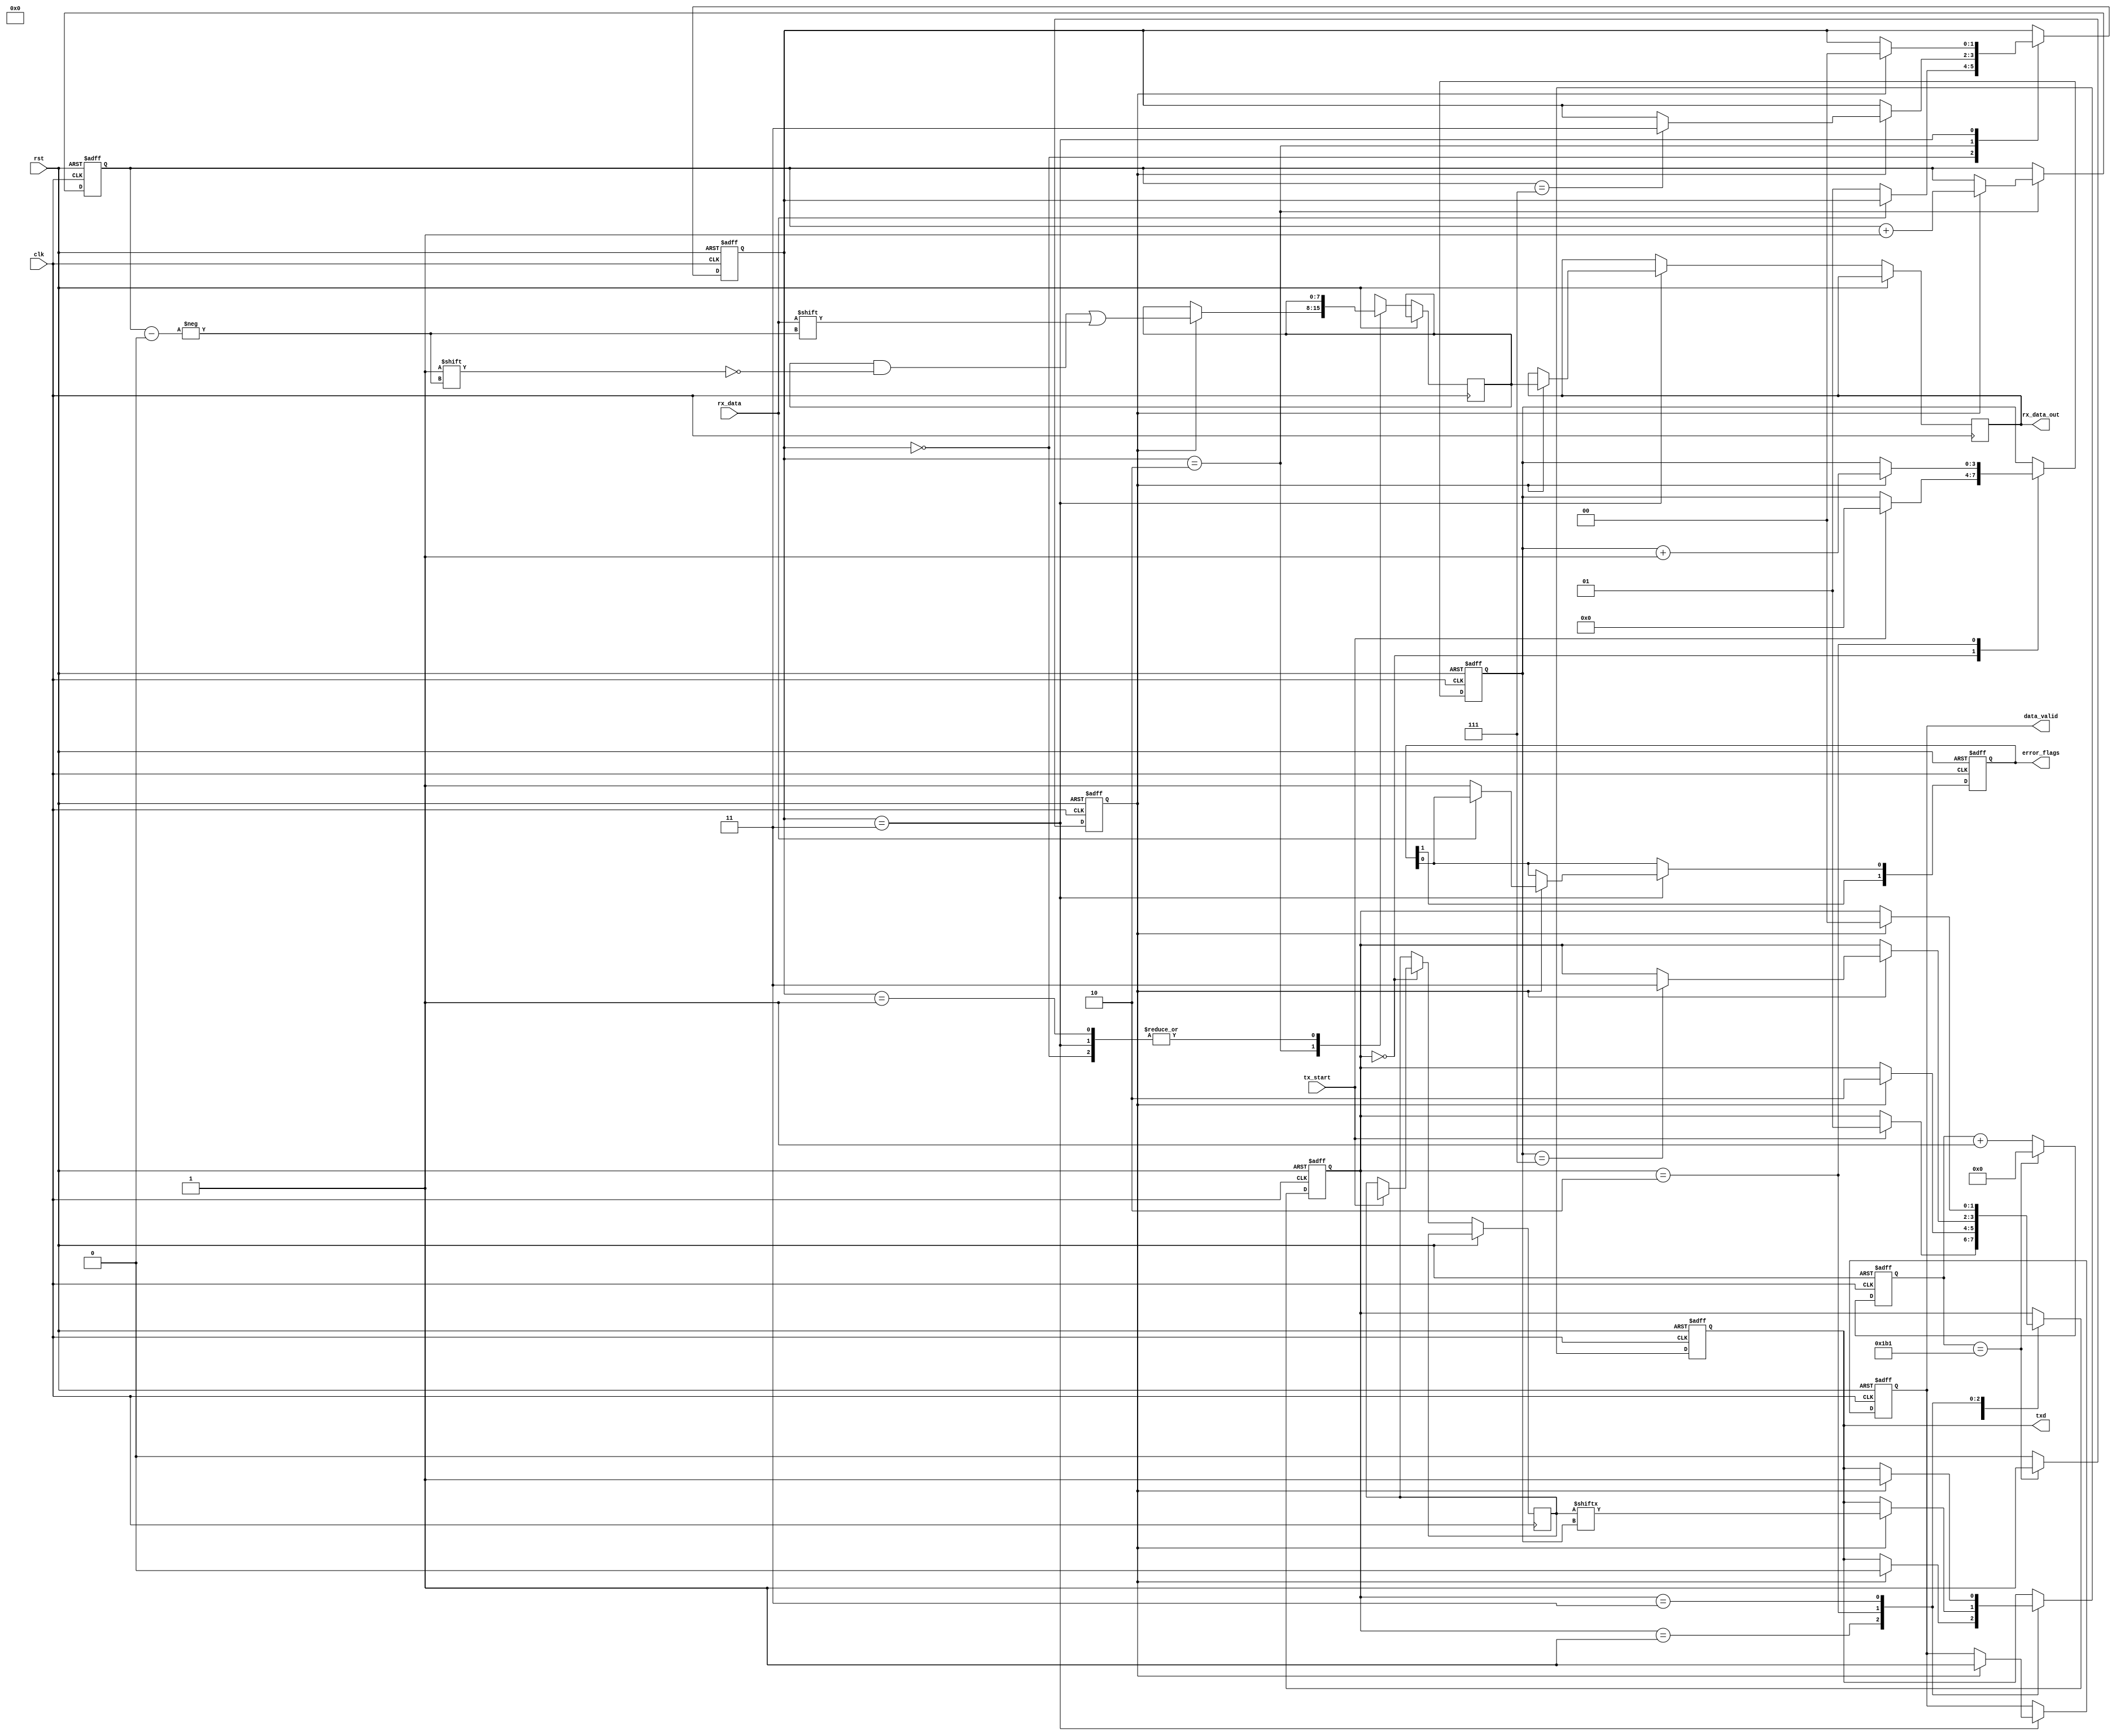
module parameterized_uart #(
    parameter BAUD_RATE = 115200,
    parameter DATA_WIDTH = 8,
    parameter STOP_BITS = 1,
    parameter PARITY = "NONE", // Options: "NONE", "EVEN", "ODD"
    parameter CLOCK_FREQ = 50000000 // 50 MHz
)(
    input wire clk,
    input wire rst,
    input wire tx_start,
    input wire rx_data,
    output reg txd,
    output reg [DATA_WIDTH-1:0] rx_data_out,
    output reg data_valid,
    output reg [1:0] error_flags // 0: no error, 1: framing error, 2: parity error
);

    // Baud rate generator parameters
    localparam BAUD_DIV = CLOCK_FREQ / BAUD_RATE;
    reg [15:0] baud_counter;
    reg baud_tick;

    // State definitions for TX
    localparam TX_IDLE = 2'b00;
    localparam TX_START = 2'b01;
    localparam TX_DATA = 2'b10;
    localparam TX_STOP = 2'b11;
    
    reg [1:0] tx_state;
    reg [DATA_WIDTH-1:0] tx_shift_reg;
    reg [3:0] tx_bit_index;

    // State definitions for RX
    localparam RX_IDLE = 2'b00;
    localparam RX_START = 2'b01;
    localparam RX_DATA = 2'b10;
    localparam RX_STOP = 2'b11;

    reg [1:0] rx_state;
    reg [DATA_WIDTH-1:0] rx_shift_reg;
    reg [3:0] rx_bit_index;
    reg rx_sampled;
    reg [3:0] rx_counter;
    
    // Baud rate generator
    always @(posedge clk or posedge rst) begin
        if (rst) begin
            baud_counter <= 0;
            baud_tick <= 0;
        end else begin
            if (baud_counter == BAUD_DIV - 1) begin
                baud_counter <= 0;
                baud_tick <= 1;
            end else begin
                baud_counter <= baud_counter + 1;
                baud_tick <= 0;
            end
        end
    end

    // Transmitter state machine
    always @(posedge clk or posedge rst) begin
        if (rst) begin
            tx_state <= TX_IDLE;
            txd <= 1'b1; // Idle state is high
            tx_bit_index <= 0;
        end else begin
            case (tx_state)
                TX_IDLE: begin
                    if (tx_start) begin
                        tx_state <= TX_START;
                        tx_shift_reg <= tx_data; // Assume tx_data is available
                        tx_bit_index <= 0;
                    end
                end
                TX_START: begin
                    if (baud_tick) begin
                        txd <= 1'b0; // Start bit
                        tx_state <= TX_DATA;
                    end
                end
                TX_DATA: begin
                    if (baud_tick) begin
                        txd <= tx_shift_reg[tx_bit_index]; // Send data bit
                        tx_bit_index <= tx_bit_index + 1;
                        if (tx_bit_index == DATA_WIDTH - 1) begin
                            tx_state <= TX_STOP;
                        end
                    end
                end
                TX_STOP: begin
                    if (baud_tick) begin
                        txd <= 1'b1; // Stop bit
                        tx_state <= TX_IDLE;
                    end
                end
            endcase
        end
    end

    // Receiver state machine
    always @(posedge clk or posedge rst) begin
        if (rst) begin
            rx_state <= RX_IDLE;
            data_valid <= 0;
            error_flags <= 0;
            rx_bit_index <= 0;
        end else begin
            case (rx_state)
                RX_IDLE: begin
                    if (rx_data == 1'b0) begin // Detect start bit
                        rx_state <= RX_START;
                        rx_counter <= 0;
                    end
                end
                RX_START: begin
                    if (baud_tick) begin
                        if (rx_counter == (BAUD_DIV / 2) - 1) begin // Sample in the middle of start bit
                            rx_state <= RX_DATA;
                            rx_bit_index <= 0;
                            rx_counter <= 0;
                        end else begin
                            rx_counter <= rx_counter + 1;
                        end
                    end
                end
                RX_DATA: begin
                    if (baud_tick) begin
                        rx_shift_reg[rx_bit_index] <= rx_data; // Shift in data bit
                        rx_bit_index <= rx_bit_index + 1;
                        if (rx_bit_index == DATA_WIDTH - 1) begin
                            rx_state <= RX_STOP;
                        end
                    end
                end
                RX_STOP: begin
                    if (baud_tick) begin
                        if (rx_data != 1'b1) begin // Check for framing error
                            error_flags[0] <= 1; // Framing error
                        end
                        // Check for parity error if parity is enabled
                        if (PARITY != "NONE") begin
                            // Implement parity checking logic here
                        end
                        rx_data_out <= rx_shift_reg; // Output the received data
                        data_valid <= 1; // Indicate valid data received
                        rx_state <= RX_IDLE; // Go back to idle state
                    end
                end
            endcase
        end
    end

endmodule